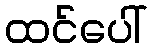
ထင်ပေါ်